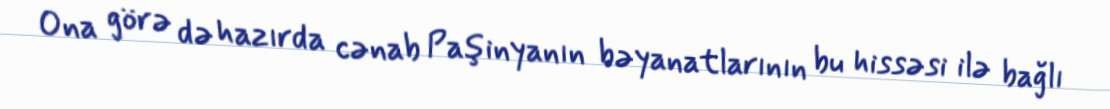
Ona görə də hazırda cənab Paşinyanın bəyanatlarının bu hissəsi ilə bağlı